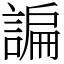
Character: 諞